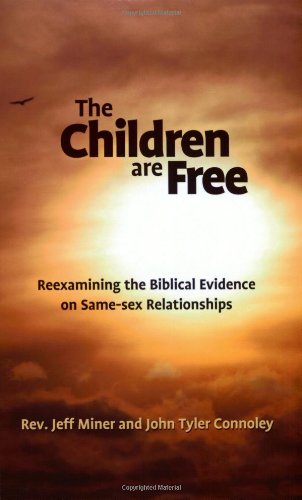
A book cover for The Children Are Free: Reexamining the Biblical Evidence on Same-sex Relationships; Rev. Jeff Miner; Religion & Spirituality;